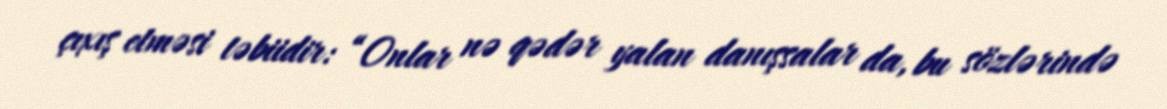
çıxış etməsi təbiidir: “Onlar nə qədər yalan danışsalar da, bu sözlərində